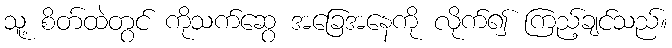
သူ့ စိတ်ထဲတွင် ကိုသက်ဆွေ အခြေအနေကို လိုက်၍ ကြည့်ချင်သည်။